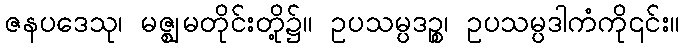
ဇနပဒေသု၊ မဇ္ဈမတိုင်းတို့၌။ ဥပသမ္ပဒဉ္စ၊ ဥပသမ္ပဒါကံကို၎င်း။